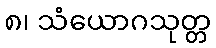
၈၊ သံယောဂသုတ္တ